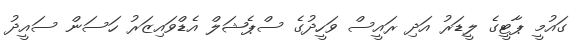
ގައުމީ ޕާޓީގެ ލީޑަރު އަދި ރައީސް ވަހީދުގެ ސްޕެޝަލް އެޑްވައިޒަރު ހަސަން ސައީދު